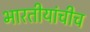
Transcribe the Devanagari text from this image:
भारतीयांचीच